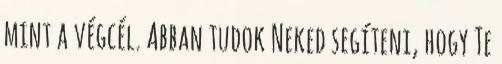
mint a végcél. Abban tudok Neked segíteni, hogy Te